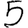
Digit: 5